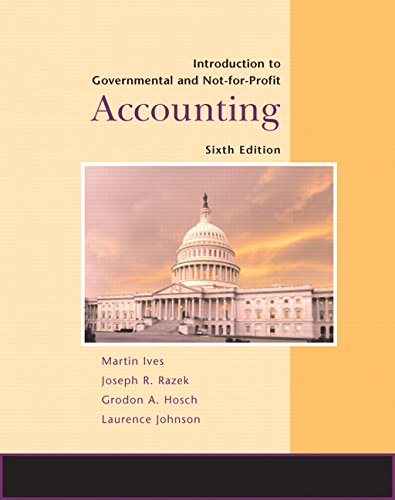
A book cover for Introduction to Government and Not-for-Profit Accounting (6th Edition); Martin Ives; Business & Money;